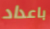
باعداد